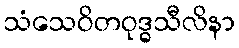
သံသေဝိတဝုဒ္ဓသီလိနာ